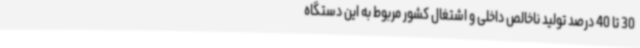
30 تا 40 درصد تولید ناخالص داخلی و اشتغال کشور مربوط به این دستگاه